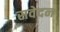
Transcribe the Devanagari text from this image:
सवेदन